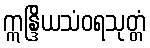
ဣန္ဒြိယသံဝရသုတ္တံ